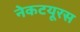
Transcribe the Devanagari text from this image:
नेकटयूरस